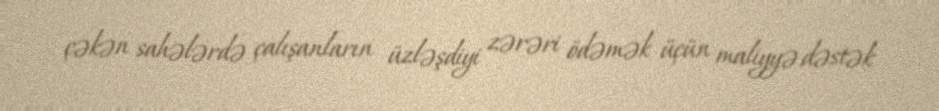
çəkən sahələrdə çalışanların üzləşdiyi zərəri ödəmək üçün maliyyə dəstək